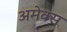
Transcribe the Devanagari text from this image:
अमेक्स